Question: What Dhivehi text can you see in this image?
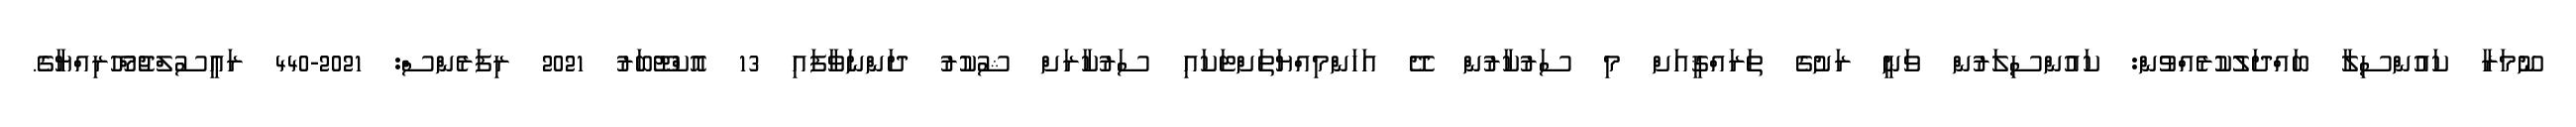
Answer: ނޫމަރާ ކައުންސިލާ ބައްދަލުކުރެއްވުން: ކައުންސިލަރުން ވަނީ ރަށުގެ ތަރައްޤީއަށް މި ސަރުކާރުން ދޭ އަހަންމިއްޔަތަށްޓަކައި ސަރުކާރަށް ޝުކުރު ދަންނަވާފައި 13 އޮކްޓޫބަރު 2021 ރިފަރެންސް: 2021-440 ރައީސުލްޖުމްހޫރިއްޔާގެ.